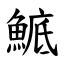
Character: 鯳